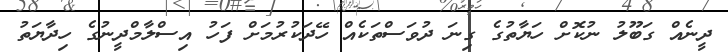
ދީނެއް ގަބޫލު ނުކޮށް ހަޔާތުގެ ގިނަ ދުވަސްތަކެއް ހޭދަކުރުމަށް ފަހު އިސްލާމްދީނުގެ ހިދާޔަތު